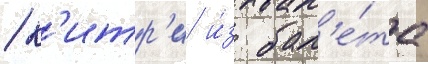
/ к'итр'и и́з бал'е́та